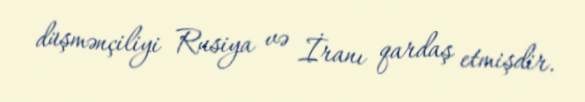
düşmənçiliyi Rusiya və İranı qardaş etmişdir.